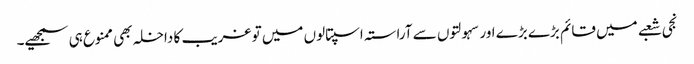
نجی شعبے میں قائم بڑے بڑے اور سہولتوں سے آراستہ اسپتالوں میں تو غریب کا داخلہ بھی ممنوع ہی سمجھیے۔